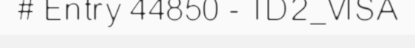
# Entry 44850 - TD2_VISA